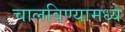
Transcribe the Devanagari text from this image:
चालविण्यामध्ये